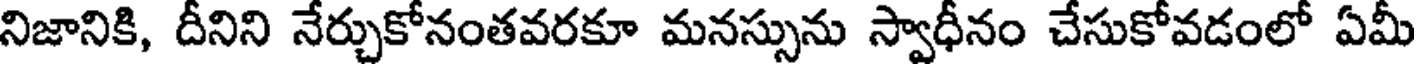
నిజానికి, దీనిని నేర్చుకోనంతవరకూ మనస్సును స్వాధీనం చేసుకోవడంలో ఏమీ